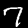
Digit: 7